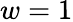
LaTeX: w=1